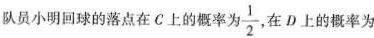
队员小明回球的落点在C上的概率为 \frac{1}{2}在D上的概率为